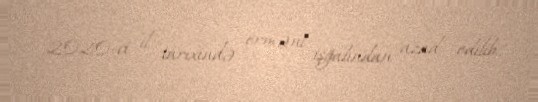
2020-ci il tarixində erməni işğalından azad edilib.